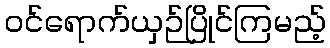
ဝင်ရောက်ယှဉ်ပြိုင်ကြမည့်